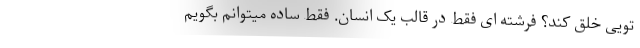
تویی خلق کند؟ فرشته ای فقط در قالب یک انسان. فقط ساده میتوانم بگویم